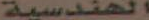
الهندسية